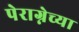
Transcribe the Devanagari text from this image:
पेराग्नेच्या